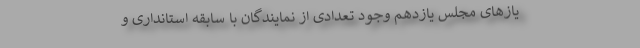
یازهای مجلس یازدهم وجود تعدادی از نمایندگان با سابقه استانداری و